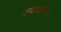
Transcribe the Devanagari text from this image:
स्पाइल्स